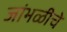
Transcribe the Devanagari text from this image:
जांभळीचे